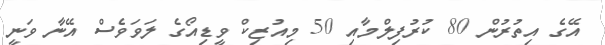
އޭގެ އިތުރުން 80 ކުރުފިލްމާއި 50 މިއުޒިކް ވީޑިއޯގެ ލަވަވެސް އޭނާ ވަނީ